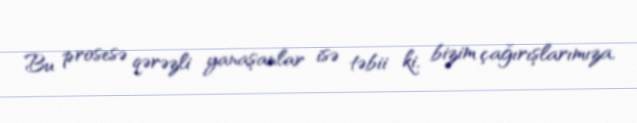
Bu prosesə qərəzli yanaşanlar isə təbii ki, bizim çağırışlarımıza,